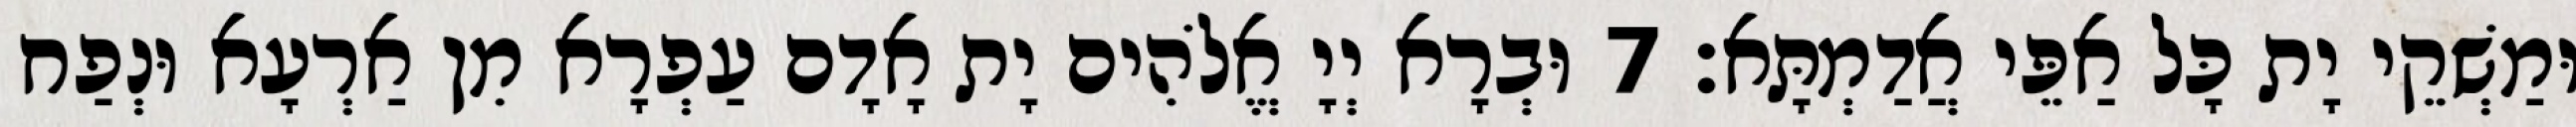
וּמַשְׁקֵי יָת כָּל אַפֵּי אֲדַמְתָּא׃ 7 וּבְרָא יְיָ אֱלֹהִים יָת אָדָם עַפְרָא מִן אַרְעָא וּנְפַח